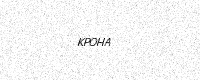
Text: KPOHA